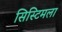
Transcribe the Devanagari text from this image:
सिस्टिमला